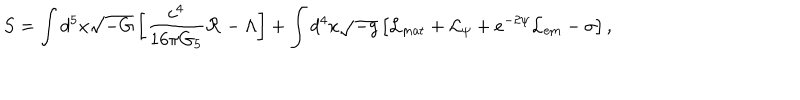
S = \int d ^ { 5 } x \sqrt { - G } \left[ { \frac { c ^ { 4 } } { 1 6 \pi G _ { 5 } } } { \cal R } - \Lambda \right] + \int d ^ { 4 } x \sqrt { - g } \left[ { \cal L } _ { \mathrm { m a t } } + { \cal L } _ { \psi } + e ^ { - 2 \psi } { \cal L } _ { \mathrm { e m } } - \sigma \right] ,